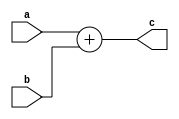
`timescale 1ns / 1ps
//////////////////////////////////////////////////////////////////////////////////
// Company: 
// Engineer: 
// 
// Design Name: 
// Module Name:    adder 
// Project Name: 
// Target Devices: 
// Tool versions: 
// Description: 
//
// Dependencies: 
//
// Revision: 
// Revision 0.01 - File Created
// Additional Comments: 
//
//////////////////////////////////////////////////////////////////////////////////
module adder(
    input [31:0] a,
    input [31:0] b,
    output [31:0] c
    );
	assign c = a + b;
endmodule